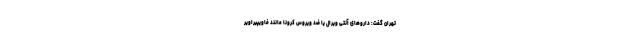
تهران گفت: داروهای آنتی ویرال یا ضد ویروس کرونا مانند فاویپیراویر